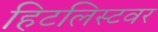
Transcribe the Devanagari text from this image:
हिटलिस्टवर